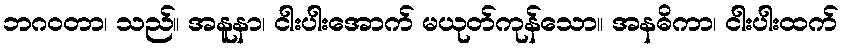
ဘဂဝတာ၊ သည်။ အနူနာ၊ ငါးပါးအောက် မယုတ်ကုန်သော။ အနဓိကာ၊ ငါးပါးထက်